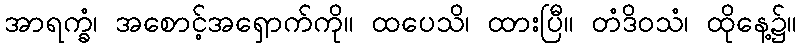
အာရက္ခံ၊ အစောင့်အရှောက်ကို။ ထပေသိ၊ ထားပြီ။ တံဒိဝသံ၊ ထိုနေ့၌။